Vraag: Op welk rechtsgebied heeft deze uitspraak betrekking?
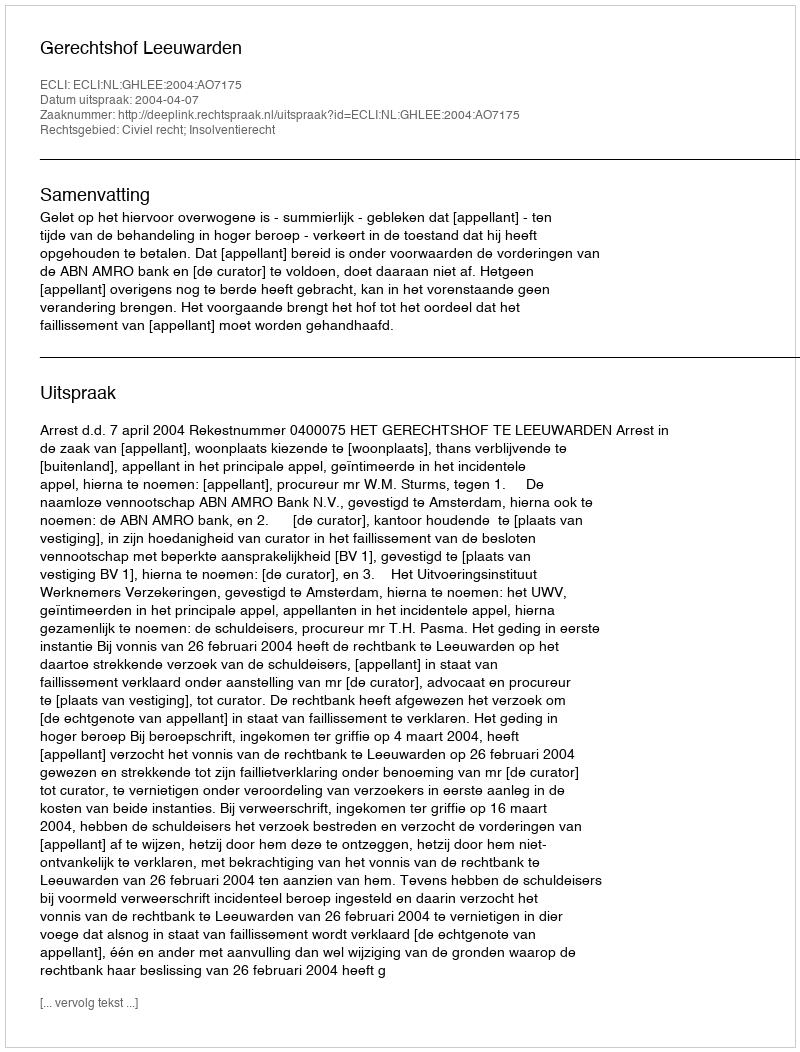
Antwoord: Civiel recht; Insolventierecht